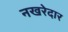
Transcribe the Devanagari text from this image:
नखरेदार